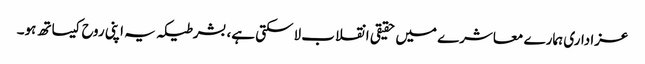
عزاداری ہمارے معاشرے میں حقیقی انقلاب لاسکتی ہے، بشرطیکہ یہ اپنی روح کیساتھ ہو۔